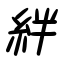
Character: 絆